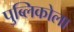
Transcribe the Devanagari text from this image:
पुब्लिकोला